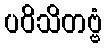
ပဝိသိတဗ္ဗံ